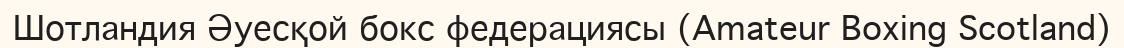
Шотландия Әуесқой бокс федерациясы (Amateur Boxing Scotland)